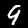
Label: 9